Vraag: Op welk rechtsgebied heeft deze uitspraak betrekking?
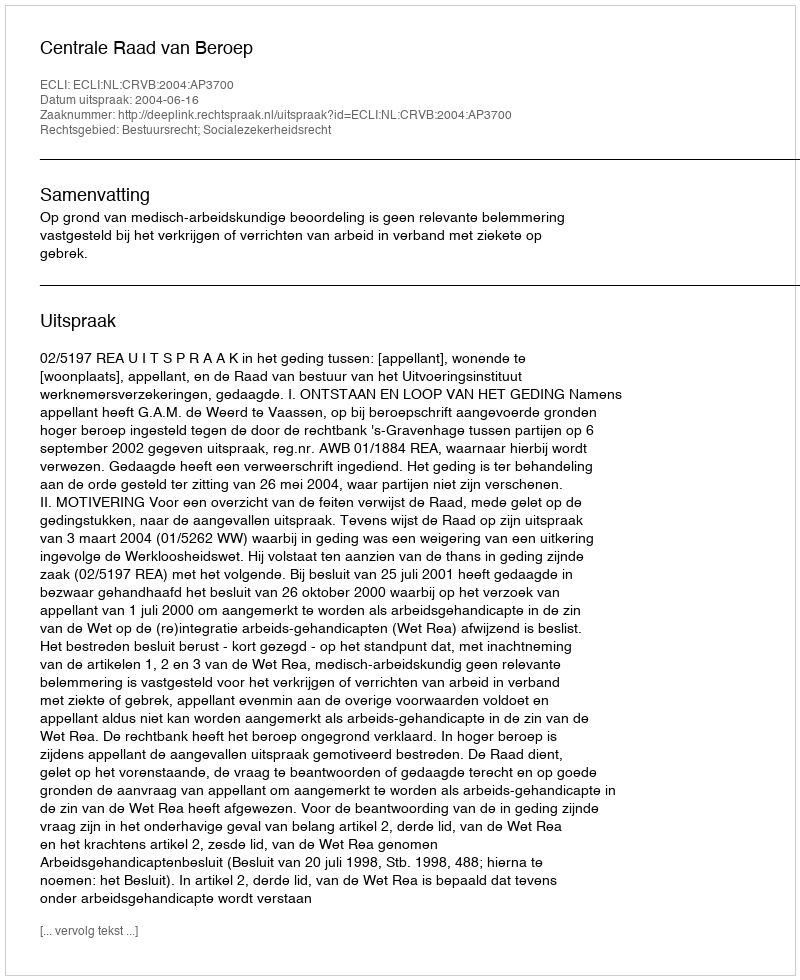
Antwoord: Bestuursrecht; Socialezekerheidsrecht